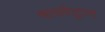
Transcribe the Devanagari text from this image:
थायरेट्रान